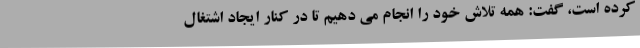
کرده است، گفت: همه تلاش خود را انجام می دهیم تا در کنار ایجاد اشتغال